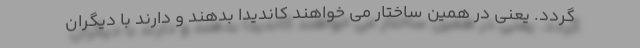
گردد. یعنی در همین ساختار می خواهند کاندیدا بدهند و دارند با دیگران